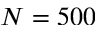
N = 5 0 0